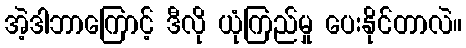
အဲ့ဒါဘာကြောင့် ဒီလို ယုံကြည်မှု ပေးနိုင်တာလဲ။